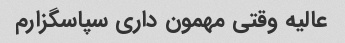
عالیه وقتی مهمون داری سپاسگزارم